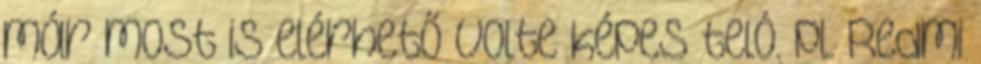
már most is elérhető volte képes teló. pl. Redmi